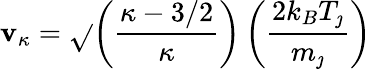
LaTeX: \mathbf{v}_{\kappa}=\sqrt{}{{\left(\frac{{\kappa-3/2}}{{\kappa}}\right)\left(\frac{{2k_{B}T_{\jmath}}}{{m_{\jmath}}}\right)}}